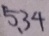
5 . 3 4